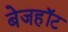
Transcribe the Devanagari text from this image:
बेजहॉट